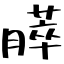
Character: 膵